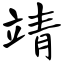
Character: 靖